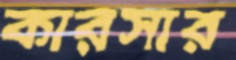
কারসার